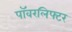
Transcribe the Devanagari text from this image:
पॉवरलिफ्टर